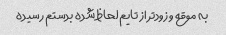
به موقع و زودتر از تایم لحاظ شده بدستم رسیده